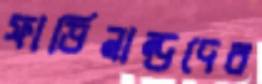
ফার্ডিনান্ডদের